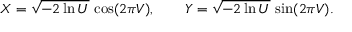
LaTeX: X = { \sqrt { - 2 \ln U } } \, \cos ( 2 \pi V ) , \qquad Y = { \sqrt { - 2 \ln U } } \, \sin ( 2 \pi V ) .